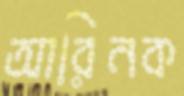
আরিনক